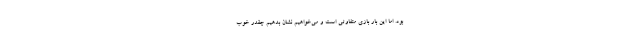
بود. اما این بار بازی متفاوتی است و می‌خواهیم نشان بدهیم چقدر خوب